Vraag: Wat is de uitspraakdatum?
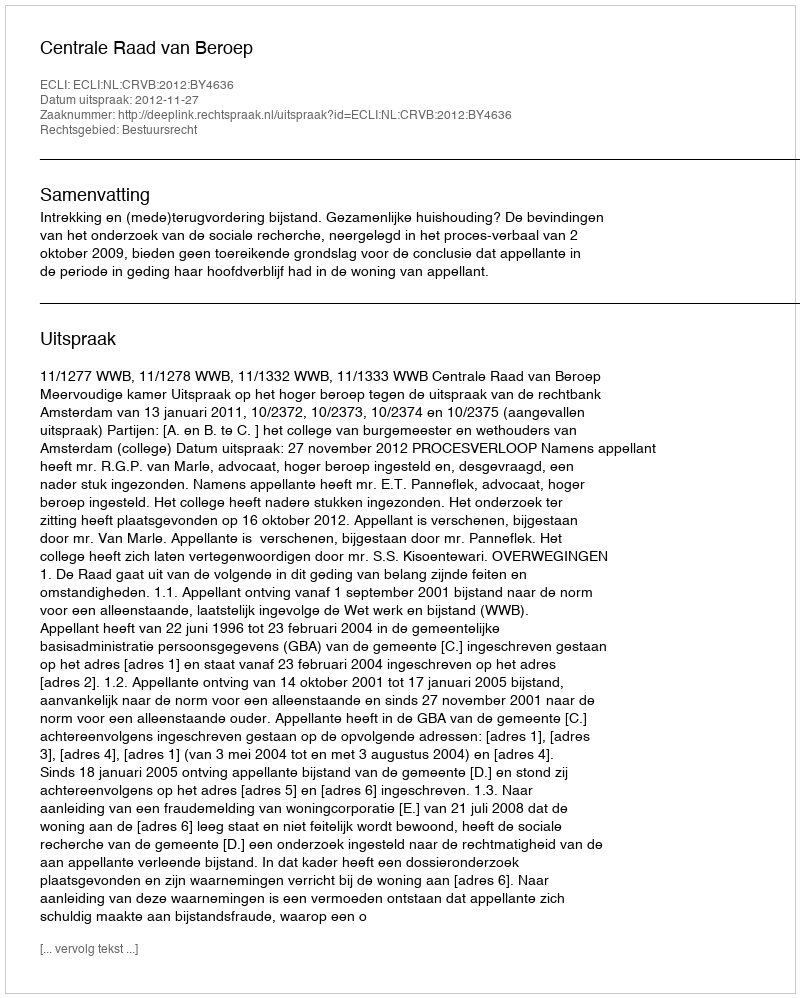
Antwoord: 2012-11-27